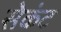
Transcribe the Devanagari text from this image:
सेकंट